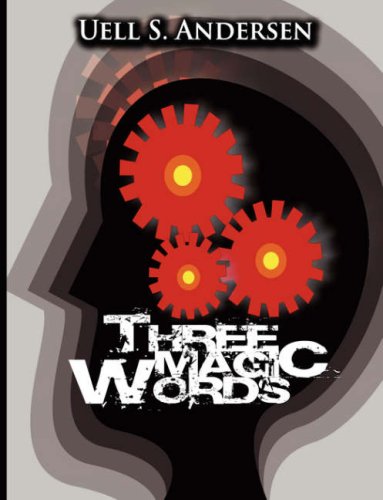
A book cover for Three Magic Words: The Key to Power, Peace and Plenty; Uell Stanley Anderson; Health, Fitness & Dieting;